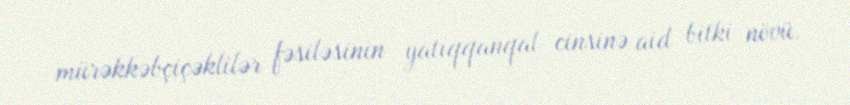
mürəkkəbçiçəklilər fəsiləsinin yatıqqanqal cinsinə aid bitki növü.